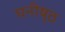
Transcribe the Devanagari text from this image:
घनीष्ठ